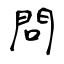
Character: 問